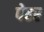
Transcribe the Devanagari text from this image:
पेढर